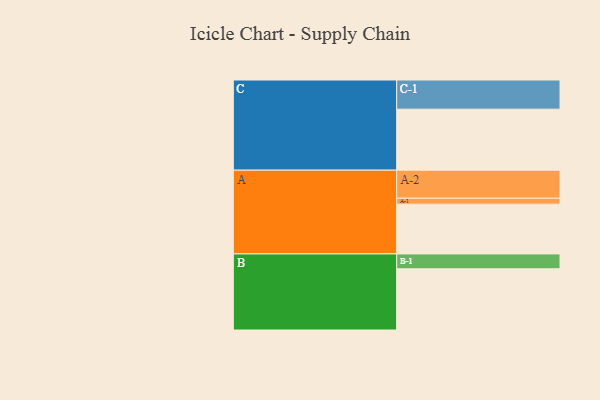
{"axis": {"x": "Segment", "y": "Value"}, "legend": ["", "A", "B", "C"], "data": [{"x": "A", "y": 486, "type": ""}, {"x": "B", "y": 598, "type": ""}, {"x": "C", "y": 596, "type": ""}, {"x": "A-1", "y": 58, "type": "A"}, {"x": "A-2", "y": 274, "type": "A"}, {"x": "B-1", "y": 145, "type": "B"}, {"x": "C-1", "y": 285, "type": "C"}]}